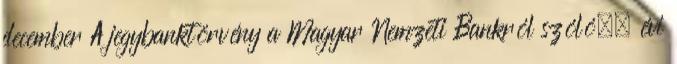
december A jegybanktörvény a Magyar Nemzeti Bankról szóló,. évi